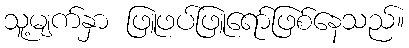
သူ့မျက်နှာ ဖြူဖပ်ဖြူရော်ဖြစ်နေသည်။